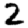
Digit: 2